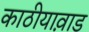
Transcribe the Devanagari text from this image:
काठीयाव़ाड